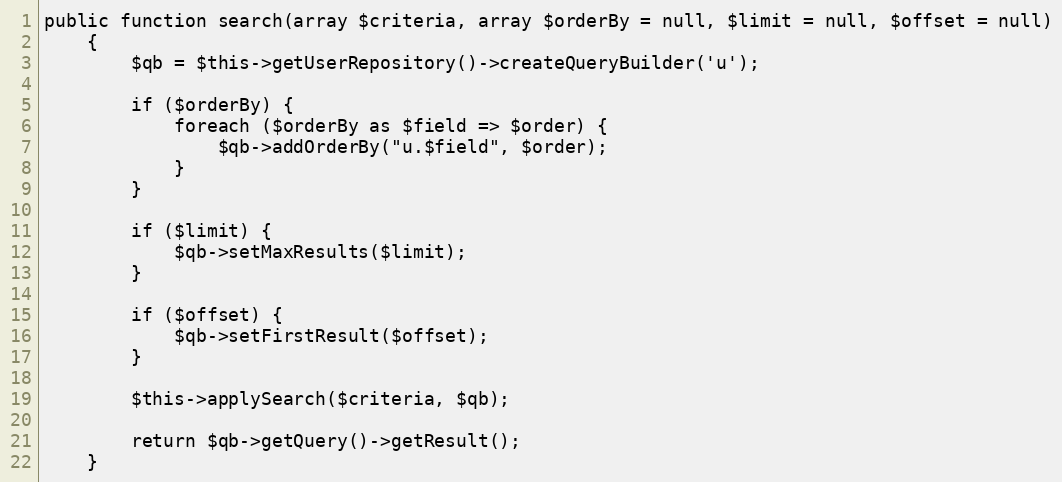
Language: PHP
public function search(array $criteria, array $orderBy = null, $limit = null, $offset = null)
    {
        $qb = $this->getUserRepository()->createQueryBuilder('u');

        if ($orderBy) {
            foreach ($orderBy as $field => $order) {
                $qb->addOrderBy("u.$field", $order);
            }
        }

        if ($limit) {
            $qb->setMaxResults($limit);
        }

        if ($offset) {
            $qb->setFirstResult($offset);
        }

        $this->applySearch($criteria, $qb);

        return $qb->getQuery()->getResult();
    }